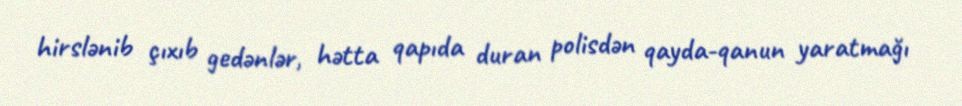
hirslənib çıxıb gedənlər, hətta qapıda duran polisdən qayda-qanun yaratmağı